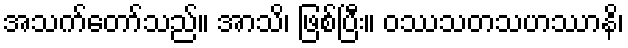
အသက်တော်သည်။ အာသိ၊ ဖြစ်ပြီး။ ဝဿသတသဟဿာနိ၊